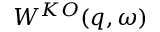
W ^ { K O } ( q , \omega )